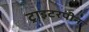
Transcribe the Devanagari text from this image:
ट्राइटरपीन